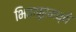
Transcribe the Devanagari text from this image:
भिवापूरमध्ये